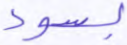
بسوء